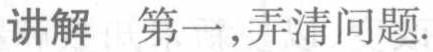
讲解 第一,弄清问题.